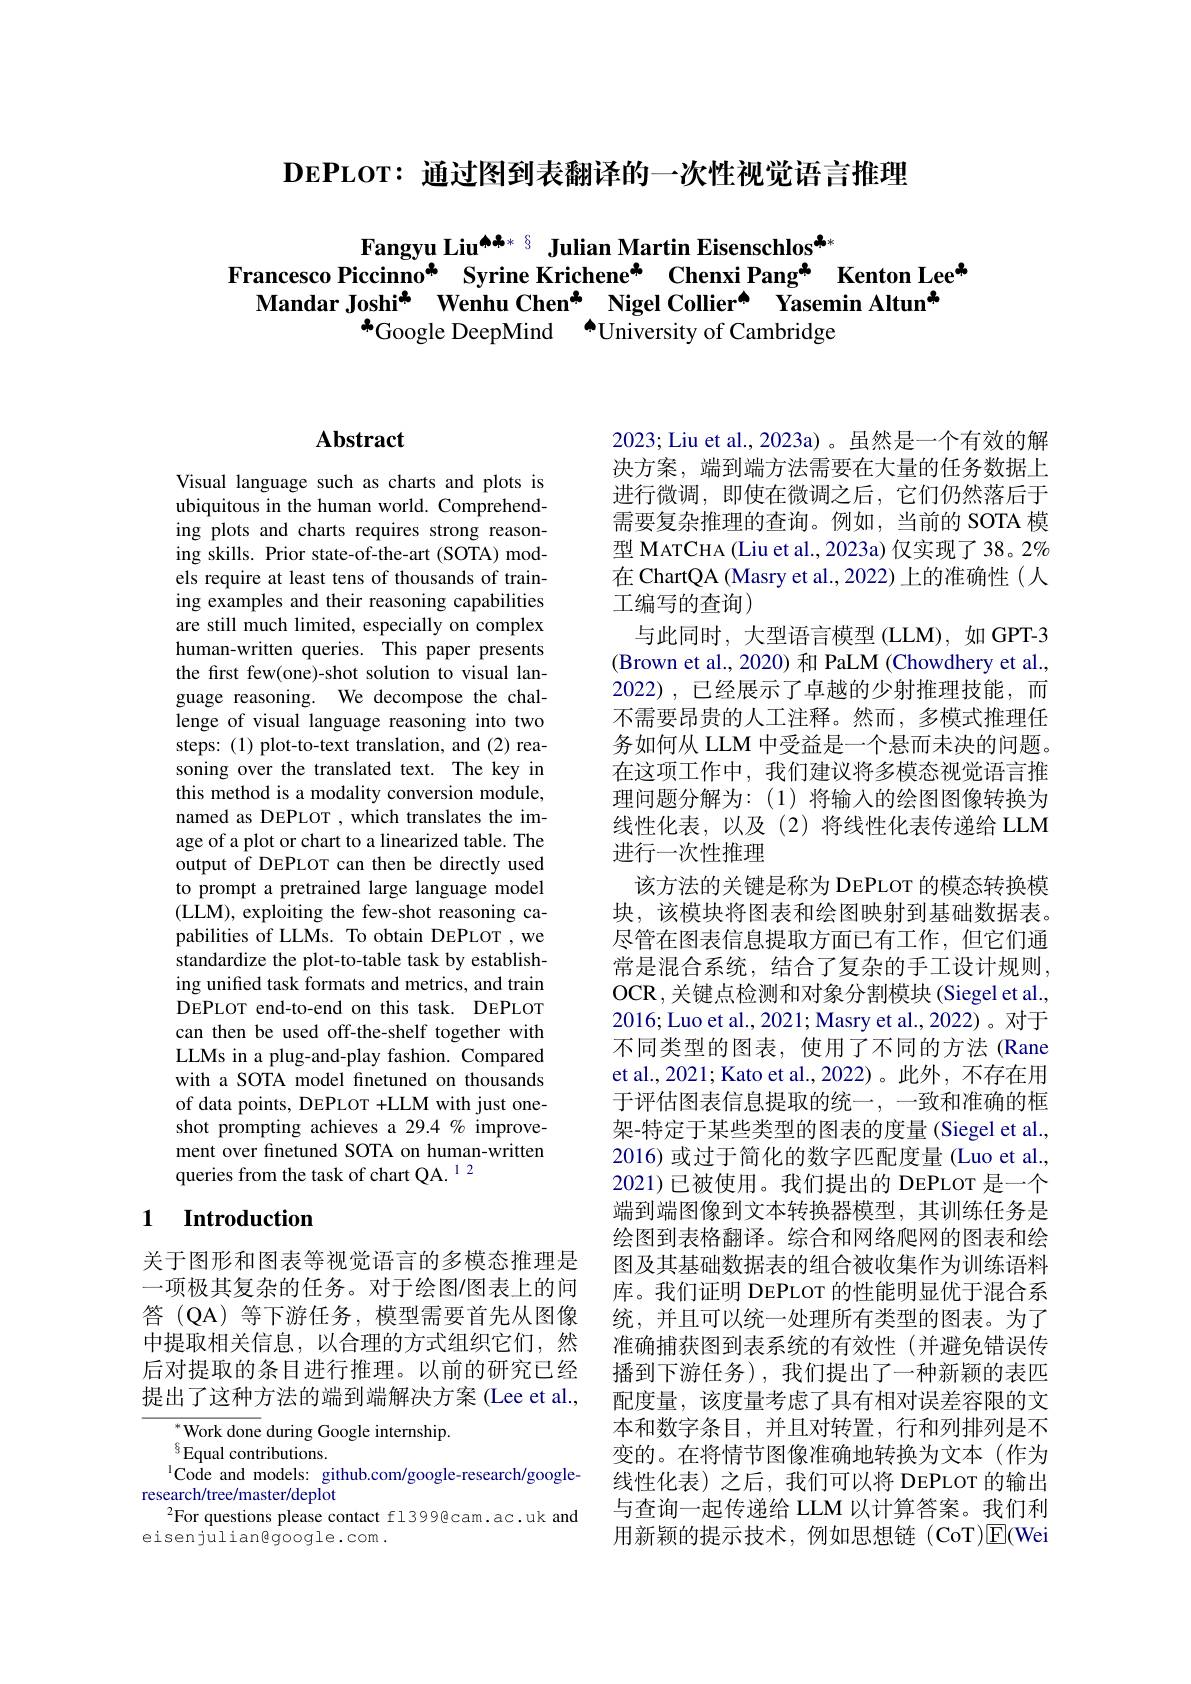
$\mathbf{DEPLOT:}$通过图到表翻译的一次性视觉语言推理

Fangyu Liu$^{a,b*s}$ Julian Martin Eisenschlos$^{a,*}$
Francesco Piccinno* Syrine Krichene" Chenxi Pang" Kenton Lee$^{\mathrm{w}}$
Mandar Joshi$^{\textcircled{\mathrm{m}}}$ Wenhu Chen* Nigel Collier$^{\textcircled{\mathrm{m}}}$ Yasemin Altun$^{\textcircled{\mathrm{m}}}$
$^{*}$Google DeepMind $^{\bullet}$University of Cambridge

# Abstract

Visual language such as charts and plots is ubiquitous in the human world. Comprehending plots and charts requires strong reasoning skills. Prior state-of-the-art (SOTA) models require at least tens of thousands of training examples and their reasoning capabilities are still much limited, especially on complex human-written queries. This paper presents the first few(one)-shot solution to visual language reasoning. We decompose the challenge of visual language reasoning into two steps:(1) plot-to-text translation, and (2) reasoning over the translated text. The key in this method is a modality conversion module, named as DEPLOT , which translates the image of a plot or chart to a linearized table. The output of DEPLOT can then be directly used to prompt a pretrained large language model (LLM), exploiting the few-shot reasoning capabilities of LLMs. To obtain DEPLOT , we standardize the plot-to-table task by establishing unified task formats and metrics, and train DEPLOT end-to-end on this task. DEPLOT can then be used off-the-shelf together with LLMs in a plug-and-play fashion. Compared with a SOTA model finetuned on thousands of data points, DEPLOT +LLM with just oneshot prompting achieves a 29.4 % improvement over finetuned SOTA on human-written queries from the task of chart QA. 12

## 1 $\textbf{Introduction}$

关于图形和图表等视觉语言的多模态推理是一项极其复杂的任务。对于绘图/图表上的问答 (QA)等下游任务，模型需要首先从图像中提取相关信息，以合理的方式组织它们，然后对提取的条目进行推理。以前的研究已经提出了这种方法的端到端解决方案(Lee et al.,

${}_{c}^{*}{\mathrm{Work~done~}}$during Google internship.
$^{6}$Equal contributions.
$^{1}{\mathrm{Code~and~models:~github.com/google-research/google-}}$
research/tree/master/deplot
$^2$For questions please contact fl3999@cam.ac.uk and
eisenjuliangogle.com .

2023; Liu et al., 2023a) 。虽然是一个有效的解决方案，端到端方法需要在大量的任务数据上进行微调，即使在微调之后，它们仍然落后于需要复杂推理的查询。例如，当前的 SOTA 模型 MATCHA (Liu et al., 2023a) 仅实现了 38。2% 在 ChartQA (Masry et al.,2022) 上的准确性(人工编写的查询)
与此同时，大型语言模型 (LLM), 如 GPT-3 (Brown et al., 2020) 和 PaLM (Chowdhery et al., 2022),已经展示了卓越的少射推理技能，而不需要昂贵的人工注释。然而，多模式推理任务如何从 LLM 中受益是一个悬而未决的问题。在这项工作中，我们建议将多模态视觉语言推理问题分解为：(1)将输入的绘图图像转换为线性化表，以及(2)将线性化表传递给 LLM 进行一次性推理
该方法的关键是称为 DEPLOT 的模态转换模块，该模块将图表和绘图映射到基础数据表。尽管在图表信息提取方面已有工作，但它们通常是混合系统，结合了复杂的手工设计规则， OCR,关键点检测和对象分割模块(Siegel et al., 2016; Luo et al., 2021; Masry et al., 2022)。对于不同类型的图表，使用了不同的方法(Rane et al., 2021; Kato et al., 2022)。此外，不存在用于评估图表信息提取的统一，一致和准确的框架-特定于某些类型的图表的度量(Siegel et al., 2016) 或过于简化的数字匹配度量 (Luo et al., 2021)已被使用。我们提出的 DEPLOT 是一个端到端图像到文本转换器模型，其训练任务是绘图到表格翻译。综合和网络爬网的图表和绘图及其基础数据表的组合被收集作为训练语料库。我们证明 DEPLOT 的性能明显优于混合系统，并且可以统一处理所有类型的图表。为了准确捕获图到表系统的有效性(并避免错误传播到下游任务),我们提出了一种新颖的表匹配度量，该度量考虑了具有相对误差容限的文本和数字条目，并且对转置，行和列排列是不变的。在将情节图像准确地转换为文本(作为线性化表)之后，我们可以将 DEPLOT 的输出与查询一起传递给 LLM 以计算答案。我们利用新颖的提示技术，例如思想链(CoT)$\underline{\mathrm{E}}$(Wei